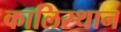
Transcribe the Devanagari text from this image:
कालिस्थान